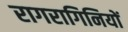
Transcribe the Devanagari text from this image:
रागरागिनियों